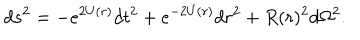
LaTeX: d s ^ { 2 } = - e ^ { 2 U ( r ) } d t ^ { 2 } + e ^ { - 2 U ( r ) } d r ^ { 2 } + R ( r ) ^ { 2 } d \Omega ^ { 2 } .